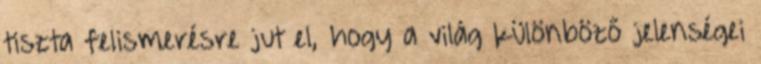
tiszta felismerésre jut el, hogy a világ különböző jelenségei